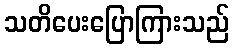
သတိပေးပြောကြားသည်